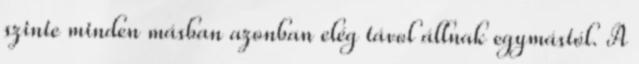
szinte minden másban azonban elég távol állnak egymástól. A